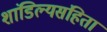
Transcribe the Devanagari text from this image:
शांडिल्यसंहिता